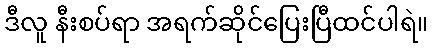
ဒီလူ နီးစပ်ရာ အရက်ဆိုင်ပြေးပြီထင်ပါရဲ။